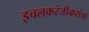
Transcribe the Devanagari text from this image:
इचलकरंजीकरांचा